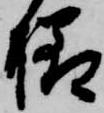
様